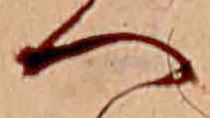
へ